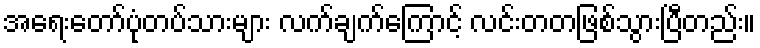
အရေးတော်ပုံတပ်သားများ လက်ချက်ကြောင့် လင်းတတဖြစ်သွားပြီတည်း။